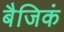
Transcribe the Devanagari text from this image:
बैजिकं